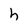
Character: h